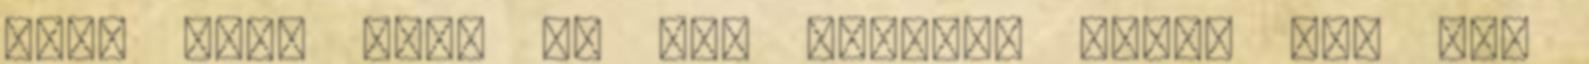
kész van. Igaz én még gyúrtam hozzá egy kis